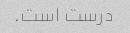
درست است.